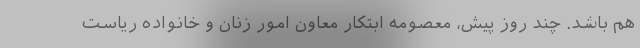
هم باشد. چند روز پیش، معصومه ابتکار معاون امور زنان و خانواده ریاست